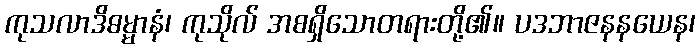
ကုသလာဒိဓမ္မာနံ၊ ကုသိုလ် အစရှိသောတရားတို့၏။ ပဒဘာဇနနယေန၊